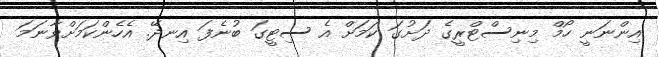
އިންނަނީ ހޯމް މިނިސްޓްރީގެ ދަށުގަ ކަމަށް އެ ސިޓީގަ ބުނެފަ އިނދޭ. އެހެންކަމަށްވާނަމަ